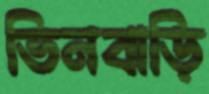
ভিনবাড়ি